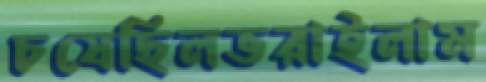
চষেছিলভরাইলাম